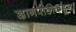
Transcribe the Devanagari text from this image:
ज्ञानपीठाकडून